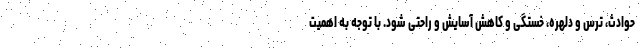
حوادث، ترس و دلهره، خستگی و کاهش آسایش و راحتی شود. با توجه به اهمیت